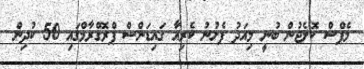
މެޕްސް ކޮލެޖުން ބުނީ މިއަދު ފެށުނު ކެރިއާ ގައިޑަންސް ޕްރޮގްރާމްގައި 50 ކުދިން